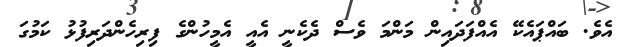
އެވެ. ބައްޕައެކޭ އެއްފަދައިން މަންމަ ވެސް ދެކެނީ އެއީ އެމީހުންގެ ފިރިހެންދަރިފުޅު ކަމުގަ